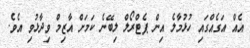
އެއް އަގެއްގައި ހުޅުމާލެ އިން ޕެޓްރޯލް ލިބޭނެ ކަމަށް އާޒިމް ވިދާޅުވި އެވެ.